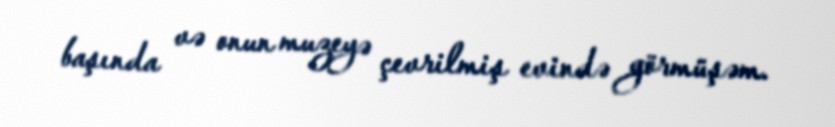
başında və onun muzeyə çevrilmiş evində görmüşəm.